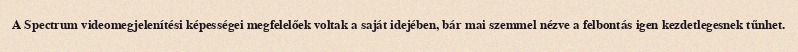
A Spectrum videomegjelenítési képességei megfelelőek voltak a saját idejében, bár mai szemmel nézve a felbontás igen kezdetlegesnek tűnhet.